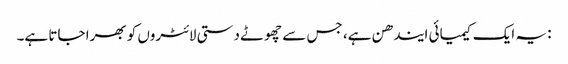
: یہ ایک کیمیائی ایندھن ہے، جس سے چھوٹے دستی لائٹروں کو بھرا جاتا ہے۔